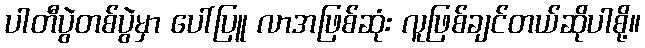
ပါတီပွဲတစ်ပွဲမှာ ပေါ်ပြူ လာအဖြစ်ဆုံး လူဖြစ်ချင်တယ်ဆိုပါစို့။